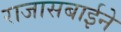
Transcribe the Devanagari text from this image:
राजासबाईने